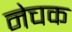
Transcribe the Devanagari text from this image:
नेचक